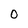
Character: O